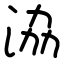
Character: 𣴚